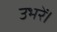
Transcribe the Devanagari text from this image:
उभरें।